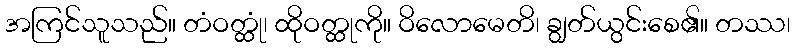
အကြင်သူသည်။ တံဝတ္ထုံ၊ ထိုဝတ္ထုကို။ ဝိလောမေတိ၊ ချွတ်ယွင်းစေ၏။ တဿ၊